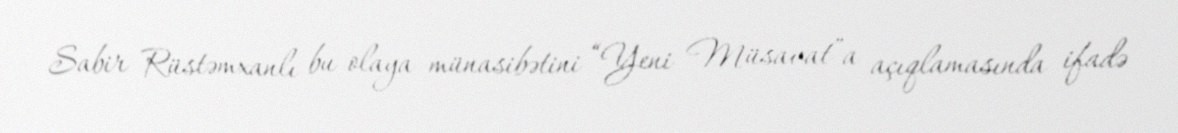
Sabir Rüstəmxanlı bu olaya münasibətini “Yeni Müsavat”a açıqlamasında ifadə